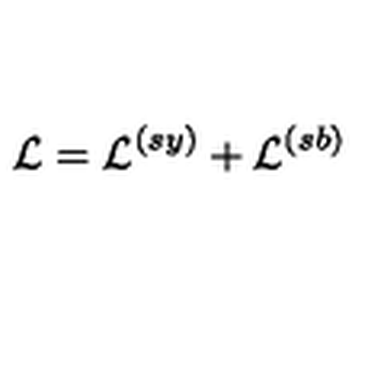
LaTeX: { \cal L } = { \cal L } ^ { ( s y ) } + { \cal L } ^ { ( s b ) }